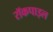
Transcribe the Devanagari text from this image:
रॉकपाइल